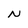
Character: N